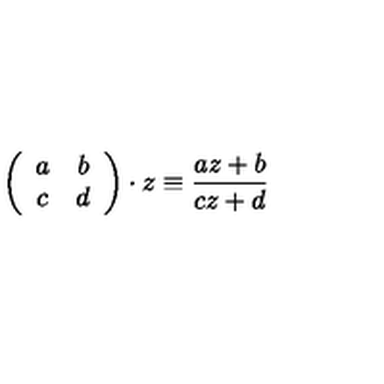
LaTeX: \left( \begin{array} { c c } { a } & { b } \\ { c } & { d } \\ \end{array} \right) \cdot z \equiv \frac { a z + b } { c z + d }